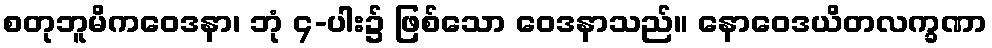
စတုဘူမိကဝေဒနာ၊ ဘုံ ၄-ပါး၌ ဖြစ်သော ဝေဒနာသည်။ နောဝေဒယိတလက္ခဏာ